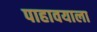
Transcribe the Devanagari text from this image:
पाहावयाला